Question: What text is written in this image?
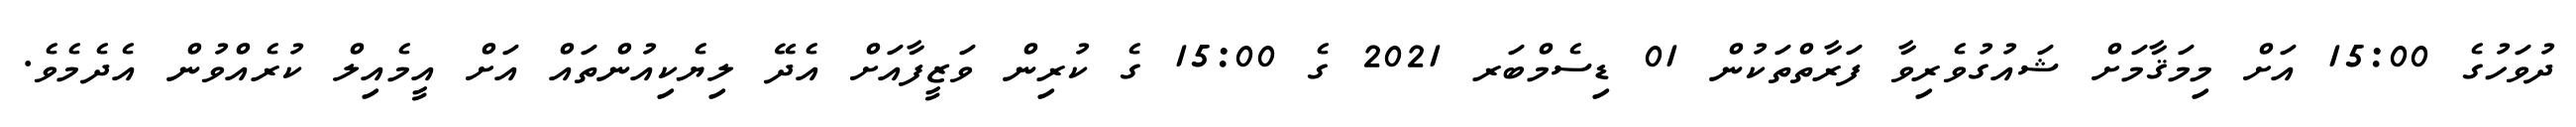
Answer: ދުވަހުގެ 15:00 އަށް މިމަޤާމަށް ޝައުގުވެރިވާ ފަރާތްތަކުން 01 ޑިސެމްބަރ 2021 ގެ 15:00 ގެ ކުރިން ވަޒީފާއަށް އެދޭ ލިޔެކިއުންތައް އަށް އީމެއިލް ކުރެއްވުން އެދެމެވެ.